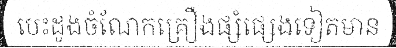
បេះដូងចំណែកគ្រឿងផ្សំផ្សេងទៀតមាន